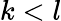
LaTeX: k<l